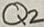
Text: Q2